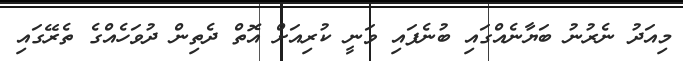
މިއަދު ނެރުނު ބަޔާނެއްގައި ބުނެފައި ވަނީ ކުރިއަށް އޮތް ދެތިން ދުވަހެއްގެ ތެރޭގައި